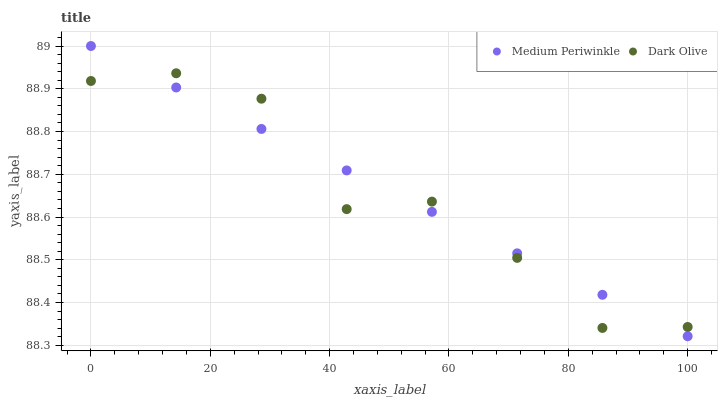
| xaxis_label | Medium Periwinkle | Dark Olive |
 | --- | --- | --- |
 | 0 | 89 | 88.9 |
 | 14.3 | 88.9 | 88.9 |
 | 28.6 | 88.8 | 88.9 |
 | 42.9 | 88.7 | 88.6 |
 | 57.1 | 88.6 | 88.6 |
 | 71.4 | 88.5 | 88.5 |
 | 85.7 | 88.4 | 88.3 |
 | 100 | 88.3 | 88.3 |